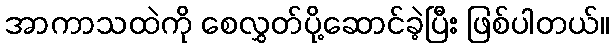
အာကာသထဲကို စေလွှတ်ပို့ဆောင်ခဲ့ပြီး ဖြစ်ပါတယ်။